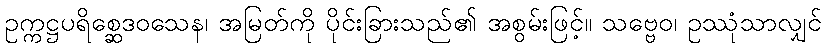
ဥက္ကဋ္ဌပရိစ္ဆေဒဝသေန၊ အမြတ်ကို ပိုင်းခြားသည်၏ အစွမ်းဖြင့်။ သဗ္ဗေဝ၊ ဥဿုံသာလျှင်